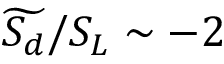
\widetilde { S _ { d } } / S _ { L } \sim - 2